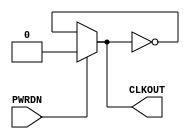
module GP_LFOSC(input PWRDN, output reg CLKOUT);
	parameter PWRDN_EN = 0;
	parameter AUTO_PWRDN = 0;
	parameter OUT_DIV = 1;
	initial CLKOUT = 0;
	always begin
		if(PWRDN)
			CLKOUT = 0;
		else begin
			#289017;
			CLKOUT = ~CLKOUT;
		end
	end
endmodule